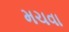
મચવા